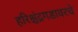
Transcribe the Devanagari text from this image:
हरिश्चंद्रगडावरचे